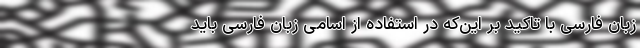
زبان فارسی با تاکید بر این‌که در استفاده از اسامی زبان فارسی باید